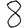
Digit: 8